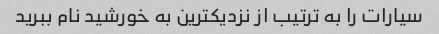
سیارات را به ترتیب از نزدیکترین به خورشید نام ببرید